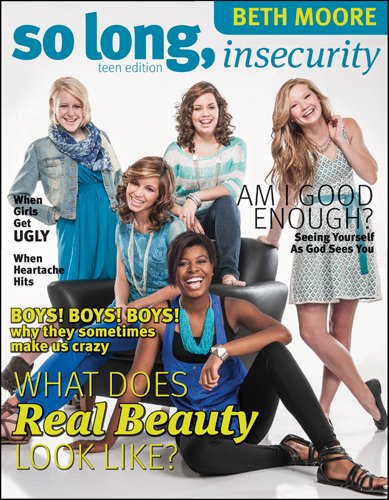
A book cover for So Long, Insecurity Teen Edition; Beth Moore; Christian Books & Bibles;